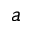
a